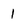
Character: 1